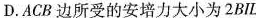
D.ACB边所受的安培力大小为2BIL